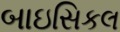
બાઇસિકલ